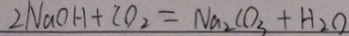
2 N a O H + C O _ { 2 } = N a _ { 2 } C O _ { 3 } + H _ { 2 } O